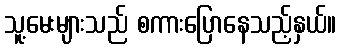
သူ့မေးများသည် စကားပြောနေသည့်နှယ်။